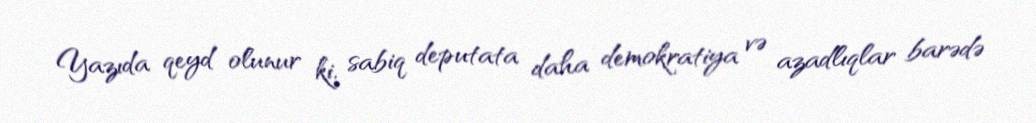
Yazıda qeyd olunur ki, sabiq deputata daha demokratiya və azadlıqlar barədə